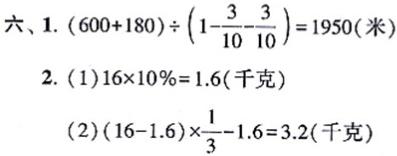
六、1. $(600 + 180)\div\left(1 - \dfrac{3}{10} - \dfrac{3}{10}\right)=1950$(米)
2. (1)$16\times10\% = 1.6$(千克)
(2)$(16 - 1.6)\times\dfrac{1}{3}-1.6 = 3.2$(千克)